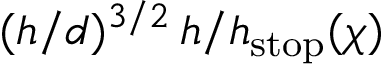
( h / d ) ^ { 3 / 2 } \, h / h _ { \mathrm { { s t o p } } } ( \chi )